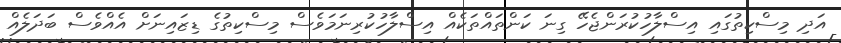
އަދި މިސްކިތުގައި އިސްލާހުކުރަންޖެހޭ ގިނަ ކަންތައްތަކެއް އިސްލާހުކުރިނަމަވެސް މިސްކިތުގެ ޑިޒައިނަށް އެއްވެސް ބަދަލެއް